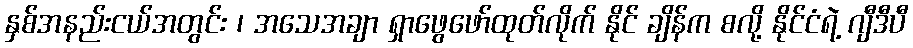
နှစ်အနည်းငယ်အတွင်း ၊ အသေအချာ ရှာဖွေဖော်ထုတ်လိုက် နိုင် ချိန်က စလို့ နိုင်ငံရဲ့ ဂျီဒီပီ